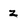
Character: z